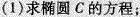
(1)求椭圆C的方程；